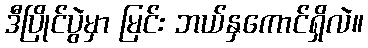
ဒီပြိုင်ပွဲမှာ မြင်း ဘယ်နှကောင်ရှိလဲ။